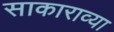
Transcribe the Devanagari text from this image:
साकाराव्या